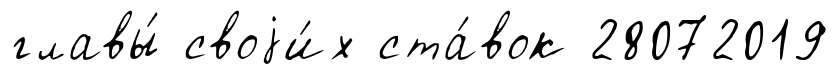
главы́ своjи́х ста́вок 28072019